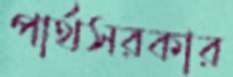
পার্থসরকার